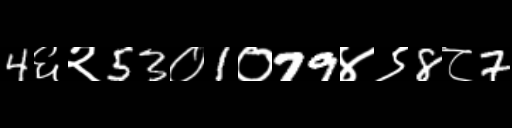
Text: 4६२53०1०79४९8८7